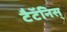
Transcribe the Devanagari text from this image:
टैटॅनिस्